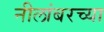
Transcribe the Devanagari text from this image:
नीलांबरच्या